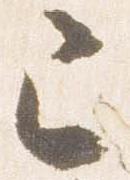
己